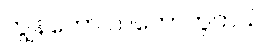
ကျွန်တော် သဘောတူတယ်။